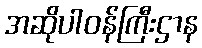
အဆိုပါဝန်ကြီးဌာန